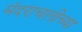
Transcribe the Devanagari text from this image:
मंदराचलीच्या